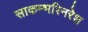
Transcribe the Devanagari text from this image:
साकम्भरिनरेश